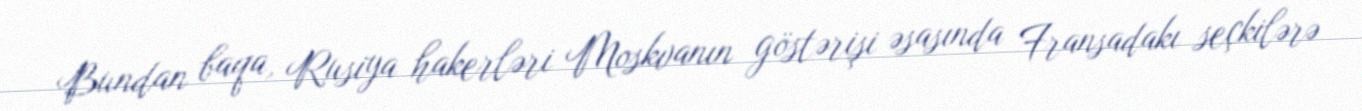
Bundan baqa, Rusiya hakerləri Moskvanın göstərişi əsasında Fransadakı seçkilərə